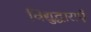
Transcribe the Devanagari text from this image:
विद्युद्धाराएँ